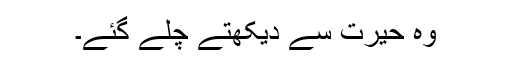
وہ حیرت سے دیکھتے چلے گئے۔